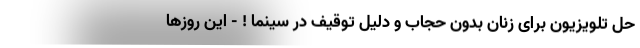
حل تلویزیون برای زنان بدون حجاب و دلیل توقیف در سینما ! - اين روزها